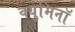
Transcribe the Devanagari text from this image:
क्युमिनॉ